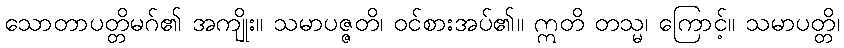
သောတာပတ္တိမဂ်၏ အကျိုး။ သမာပဇ္ဇတိ၊ ဝင်စားအပ်၏။ ဣတိ တသ္မ၊ ကြောင့်။ သမာပတ္တိ၊